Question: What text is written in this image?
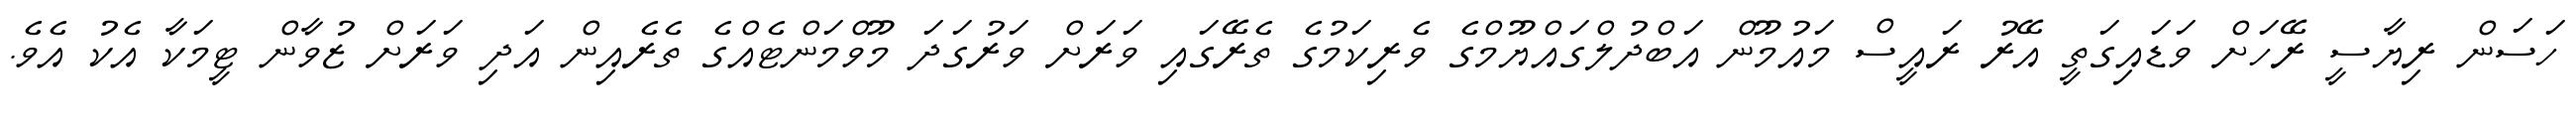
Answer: ހަސަން ރިޔާސީ ރޭހަށް ވަޑައިގަތީ އޭރު ރައީސް މައުމޫން އަބްދުލްގައްޔޫމްގެ ވެރިކަމުގެ ތެރޭގައި ވަރަށް ވަރުގަދަ މޫވްމަންޓެއްގެ ތެރެއިން އަދި ވަރަށް ޒުވާން ޓީމަކާ އެކު އެވެ.